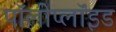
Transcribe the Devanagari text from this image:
पॉलीप्लॉइड